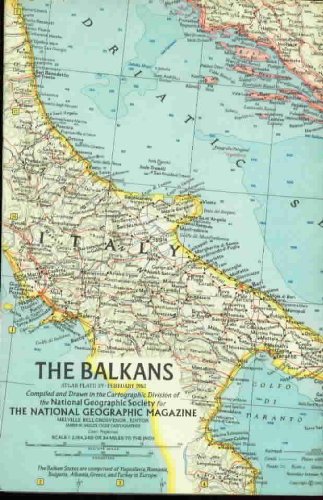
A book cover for National Geographic Map, Asia, The Balkans, 1962. Yugoslavia, Romaniia, Bulgaria, Albania, Greece and Turkey.; Travel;